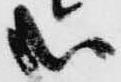
哉